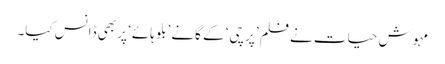
مہوش حیات نے فلم ’پرچی‘ کے گانے ’بلو ہائے‘ پر بھی ڈانس کیا۔